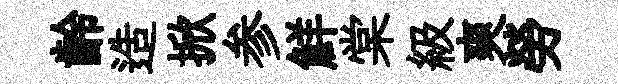
齡造掀参鮮棠級爽勞